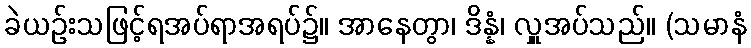
ခဲယဉ်းသဖြင့်ရအပ်ရာအရပ်၌။ အာနေတွာ၊ ဒိန္နံ၊ လှူအပ်သည်။ (သမာနံ